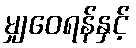
မျှဝေရန်နှင့်